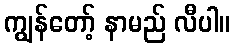
ကျွန်တော့် နာမည် လီပါ။